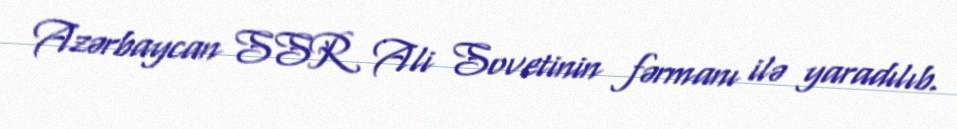
Azərbaycan SSR Ali Sovetinin fərmanı ilə yaradılıb.